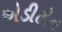
એડીટોન